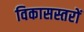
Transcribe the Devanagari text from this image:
विकासस्तरों